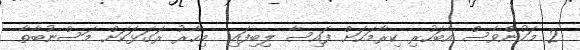
2 މަހުންވެސް އެބަހުރި ކިރާމަހަށް ފައިސާ ލިބިފައި  މިހާރު ރަގަޅަކަށް މަސްނުބާތާ